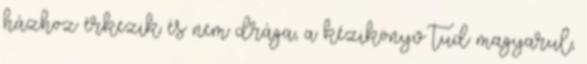
házhoz érkezik és nem drága, a kézikönyv tud magyarul,